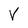
Character: V